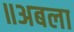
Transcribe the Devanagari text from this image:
॥अबला